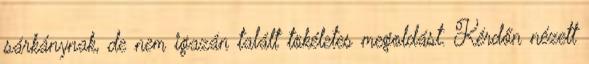
sárkánynak, de nem igazán talált tökéletes megoldást. Kérdőn nézett